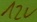
Text: 12v